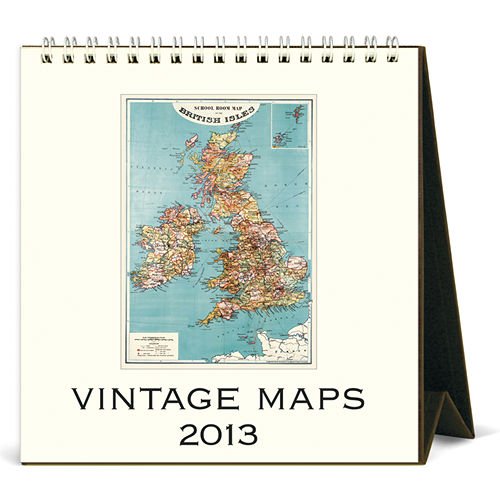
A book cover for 2013 Vintage Maps Desk Calendar; Calendars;